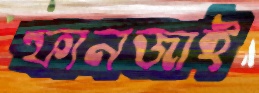
ফানজাই